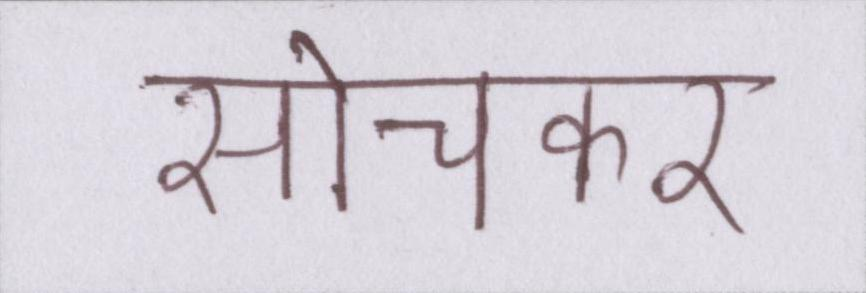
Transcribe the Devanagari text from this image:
सोचकर